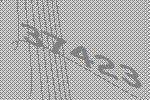
37423